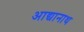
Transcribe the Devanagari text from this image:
आद्यानाथ